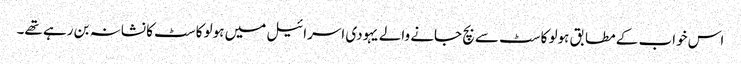
اس خواب کے مطابق ہولو کاسٹ سے بچ جانے والے یہودی اسرائیل میں ہولو کاسٹ کا نشانہ بن رہے تھے۔